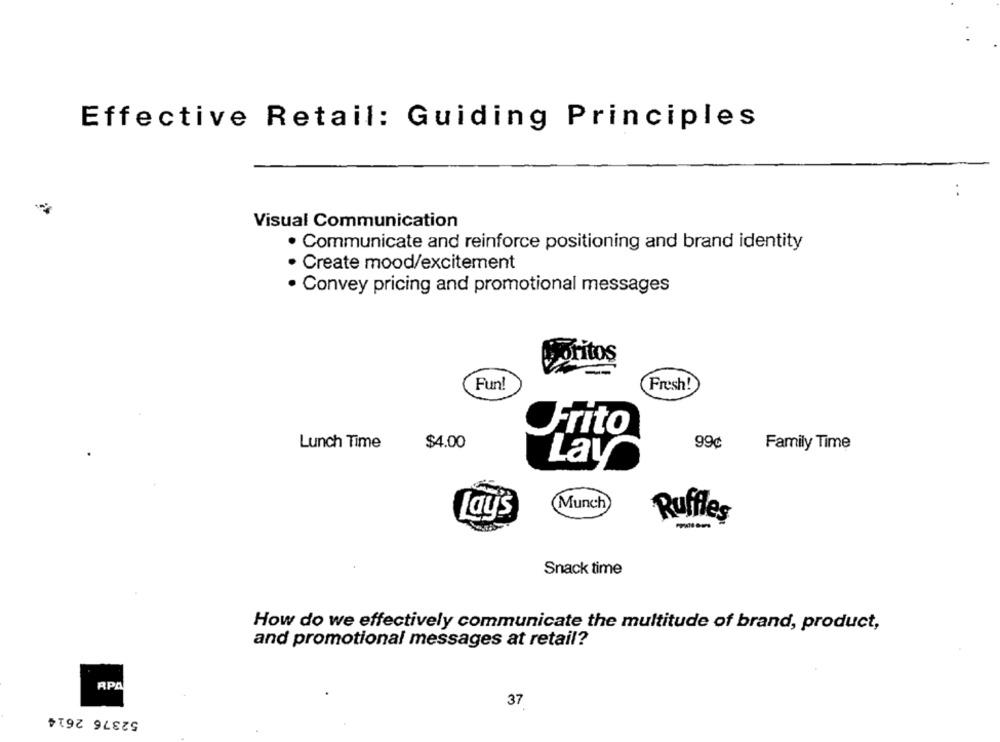
Effective Retail: Guiding Principles
..
Visual Communication
· Communicate and reinforce positioning and brand identity
· Create mood/excitement
Convey pricing and promotional messages
Doritos
--
Fun!
Fresh!
Frito
Lunch Time
$4.00
99¢
Family Time
Lay
(Munch
Lay's
Ruffles
Snack time
How do we effectively communicate the multitude of brand, product,
and promotional messages at retail?
RPA
37
52376 2614